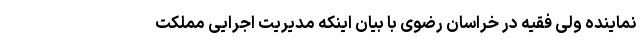
نماینده ولی فقیه در خراسان رضوی با بیان اینکه مدیریت اجرایی مملکت